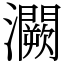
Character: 灍